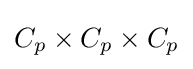
C_{p}\times C_{p}\times C_{p}